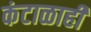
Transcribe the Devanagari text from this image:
कंटाळाही